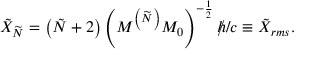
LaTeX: \tilde { X } _ { \widetilde { N } } = \left( \tilde { N } + 2 \right) \left( M ^ { \left( \widetilde { N } \right) } M _ { 0 } \right) ^ { - \frac { 1 } { 2 } } \mathbf { \rlap / } h / c \equiv \tilde { X } _ { r m s } .